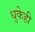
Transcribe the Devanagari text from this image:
धुकेही